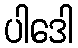
ပါဒေါ